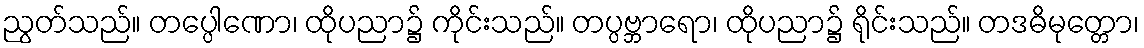
ညွတ်သည်။ တပ္ပေါဏော၊ ထိုပညာ၌ ကိုင်းသည်။ တပ္ပဗ္ဘာရော၊ ထိုပညာ၌ ရိုင်းသည်။ တဒဓိမုတ္တော၊